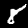
Label: 8